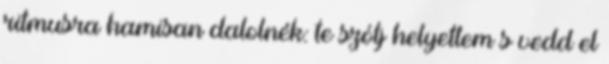
ritmusra hamisan dalolnék: te szólj helyettem s vedd el